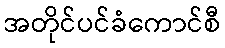
အတိုင်ပင်ခံကောင်စီ